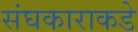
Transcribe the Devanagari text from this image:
संघकाराकडे